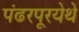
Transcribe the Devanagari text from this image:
पंढरपूरयेथे